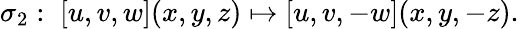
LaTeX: \sigma_{2}:\; \left[u,v,w\right](x,y,z)\mapsto\left[u,v,-w\right](x,y,-z).